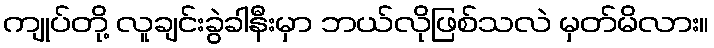
ကျုပ်တို့ လူချင်းခွဲခါနီးမှာ ဘယ်လိုဖြစ်သလဲ မှတ်မိလား။